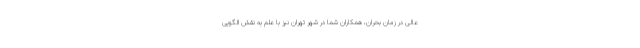
عالی در زمان بحران، همکاران شما در شهر تهران نیز با علم به نقش الگویی